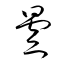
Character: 曇